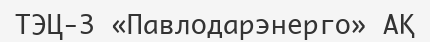
ТЭЦ-3 «Павлодарэнерго» АҚ